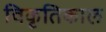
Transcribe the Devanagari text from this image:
विकृतिकाल